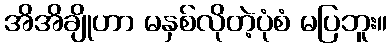
အိအိချိုဟာ မနှစ်လိုတဲ့ပုံစံ မပြဘူး။